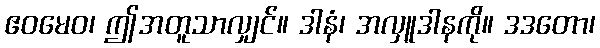
ဧဝမေဝ၊ ဤအတူသာလျှင်။ ဒါနံ၊ အလှူဒါနကို။ ဒဒတော၊